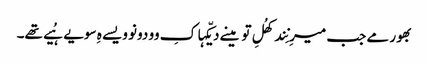
بھور مے جب میرِ نِند کھُلِ تو مینے دیکّہا کِ وو دونو ویسے ہِ سویے ہُیے تھے۔